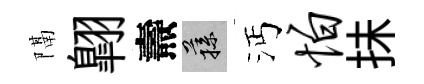
隔翺燾蓀沔怕抺